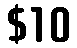
$10